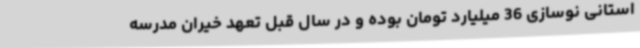
استانی نوسازی 36 میلیارد تومان بوده و در سال قبل تعهد خیران مدرسه